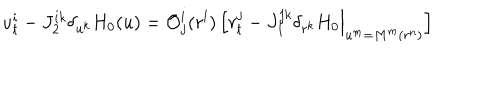
LaTeX: u _ { t } ^ { i } - J _ { 2 } ^ { i k } \delta _ { u ^ { k } } H _ { 0 } ( u ) = { \cal O } _ { j } ^ { i } ( r ^ { l } ) \, \Big [ r _ { t } ^ { j } - J _ { 1 } ^ { j k } \delta _ { r ^ { k } } H _ { 0 } \Big | _ { u ^ { m } = M ^ { m } ( r ^ { n } ) } \Big ]